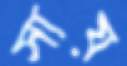
সায়